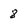
Character: 8